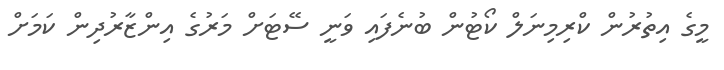
މީގެ އިތުރުން ކްރިމިނަލް ކޯޓުން ބުނެފައި ވަނީ ސޭޓަށް މަރުގެ އިންޒާރުދިން ކަމަށް